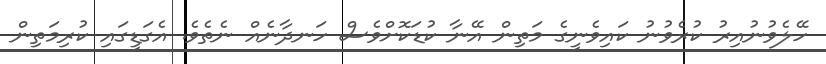
ހޭލެވުނުއިރު ކުރެވުނު ކައިވެނީގެ މަތިން އޭނާ ކުޑަކޮށްވެސް ހަނދާނެއް ނެތެވެ. އެގަޑީގައި ކުރިމަތިން